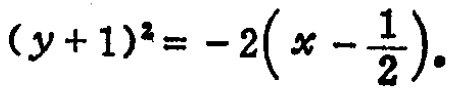
\((y + 1)^{2} = - 2\left(x - \frac{1}{2}\right)\)